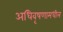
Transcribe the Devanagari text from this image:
अधिवृषणामधील